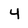
Character: 4